Lunatic asylums Punjab 1868-1880 - 1868-1880
Year: 1868
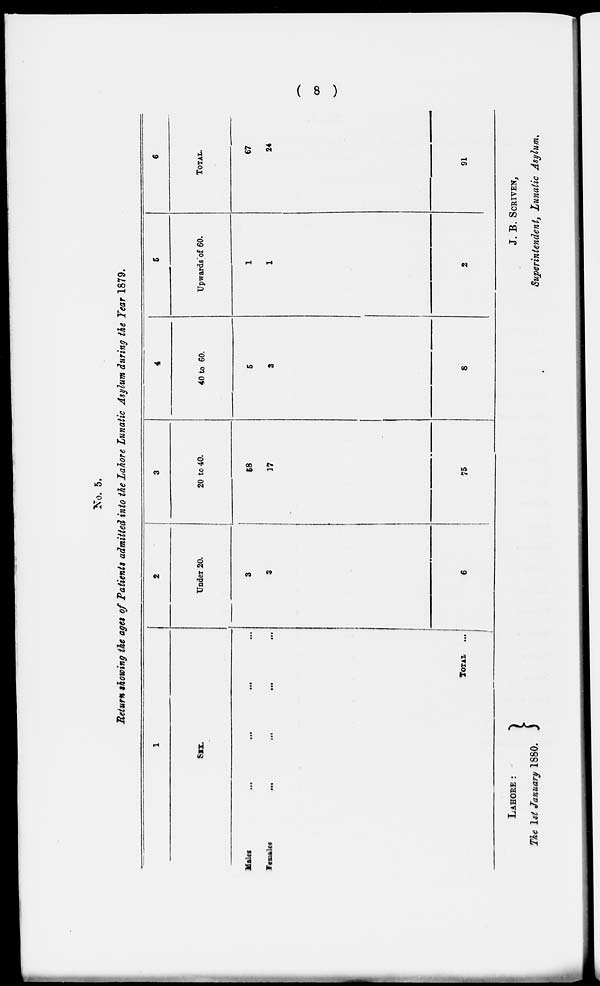
( 8 )
No. 5.
Return showing the ages of Patients admitted into the Lahore Lunatic Asylum during the Tear 1879.
1
SEX.
Males
Females
...
...
...
...
...
...
TOTAL
...
...
...
2
Under 20.
3
3
6
3
20 to 40.
68
17
75
4
40 to 60.
5
3
8
5
Upwards of 60.
1
1
2
6
TOTAL.
67
24
91
LAHORE :
The 1st January 1880.
J. B. SCRIVEN,
Superintendent, Lunatic Asylum.